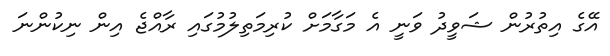
އޭގެ އިތުރުން ޝަވީދު ވަނީ އެ މަގާމަށް ކުރިމަތިލުމުގައި ރާއްޖެ އިން ނިކުންނަ